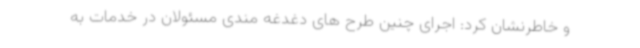
و خاطرنشان کرد: اجرای چنین طرح های دغدغه مندی مسئولان در خدمات به